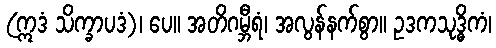
(ဣဒံ သိက္ခာပဒံ)၊ ပေ။ အတိဂမ္ဘီရံ၊ အလွန်နက်စွာ။ ဥဒကသုဒ္ဓိကံ၊